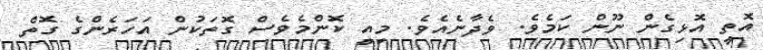
އޮތީ އޮޅިގެން ނޫން ކަމެވެ. ވެދާނެއެވެ. މިއީ ކޮންމެވެސް ގޮތަކުން އަހަރެންގެ ގޮތް